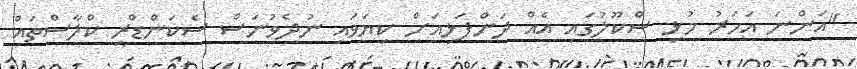
"އަންނަ އަހަރު މުޅި ސްކޫލުގައި އެއް ދަންފަޅިއަށް ކިޔަވައި ނުދެވުނަސް ސެކަންޑްރީ ކްލާސްތައް